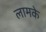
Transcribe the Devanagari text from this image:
लामके